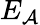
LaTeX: E_{\mathcal{A}}